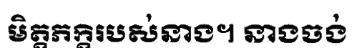
មិត្តភក្តិរបស់នាង។ នាងចង់